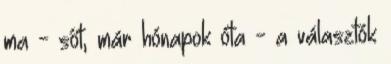
ma - sőt, már hónapok óta - a választók